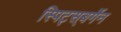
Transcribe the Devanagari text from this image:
स्पिट्स्‌बर्गेन